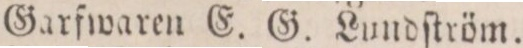
Garfwaren E. G. Lundſtröm.